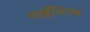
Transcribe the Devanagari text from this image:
नाईन्टिन्थ